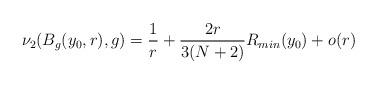
LaTeX: \begin{align*} \nu_2(B_g(y_0,r),g) =\frac{1}{r}+\frac{2r}{3(N+2)}R_{min}(y_0)+o(r) \end{align*}